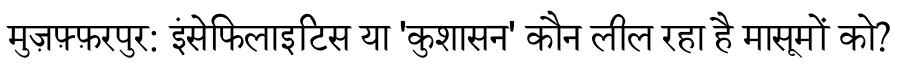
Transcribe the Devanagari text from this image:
मुज़फ़्फ़रपुर: इंसेफिलाइटिस या 'कुशासन' कौन लील रहा है मासूमों को?